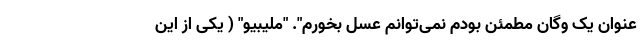
عنوان یک وگان مطمئن بودم نمی‌توانم عسل بخورم". "ملیبیو" ( یکی از این